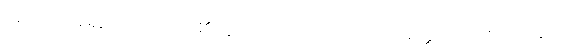
အတိုင်းအရှည်ကိုပြုကုန်၏ဟူ၍။ ပညာယ၊ ပညာ၌။ မတ္တသောကာရိနော၊